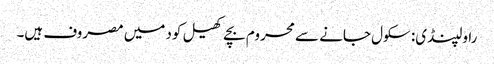
راولپنڈی: سکول جانے سے محروم بچے کھیل کود میں مصروف ہیں۔